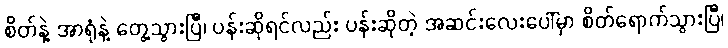
စိတ်နဲ့ အာရုံနဲ့ တွေ့သွားပြီ၊ ပန်းဆိုရင်လည်း ပန်းဆိုတဲ့ အဆင်းလေးပေါ်မှာ စိတ်ရောက်သွားပြီ၊